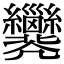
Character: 𢀐